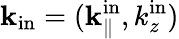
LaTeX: {\mathbf k}_{\mathrm{in}}=({\mathbf k}_{\parallel}^{\mathrm{in}},k_{z}^{\mathrm{in}})